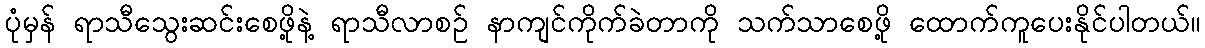
ပုံမှန် ရာသီသွေးဆင်းစေဖို့နဲ့ ရာသီလာစဉ် နာကျင်ကိုက်ခဲတာကို သက်သာစေဖို့ ထောက်ကူပေးနိုင်ပါတယ်။